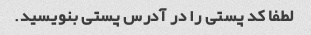
لطفا کد پستی را در آدرس پستی بنویسید.